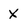
Character: X